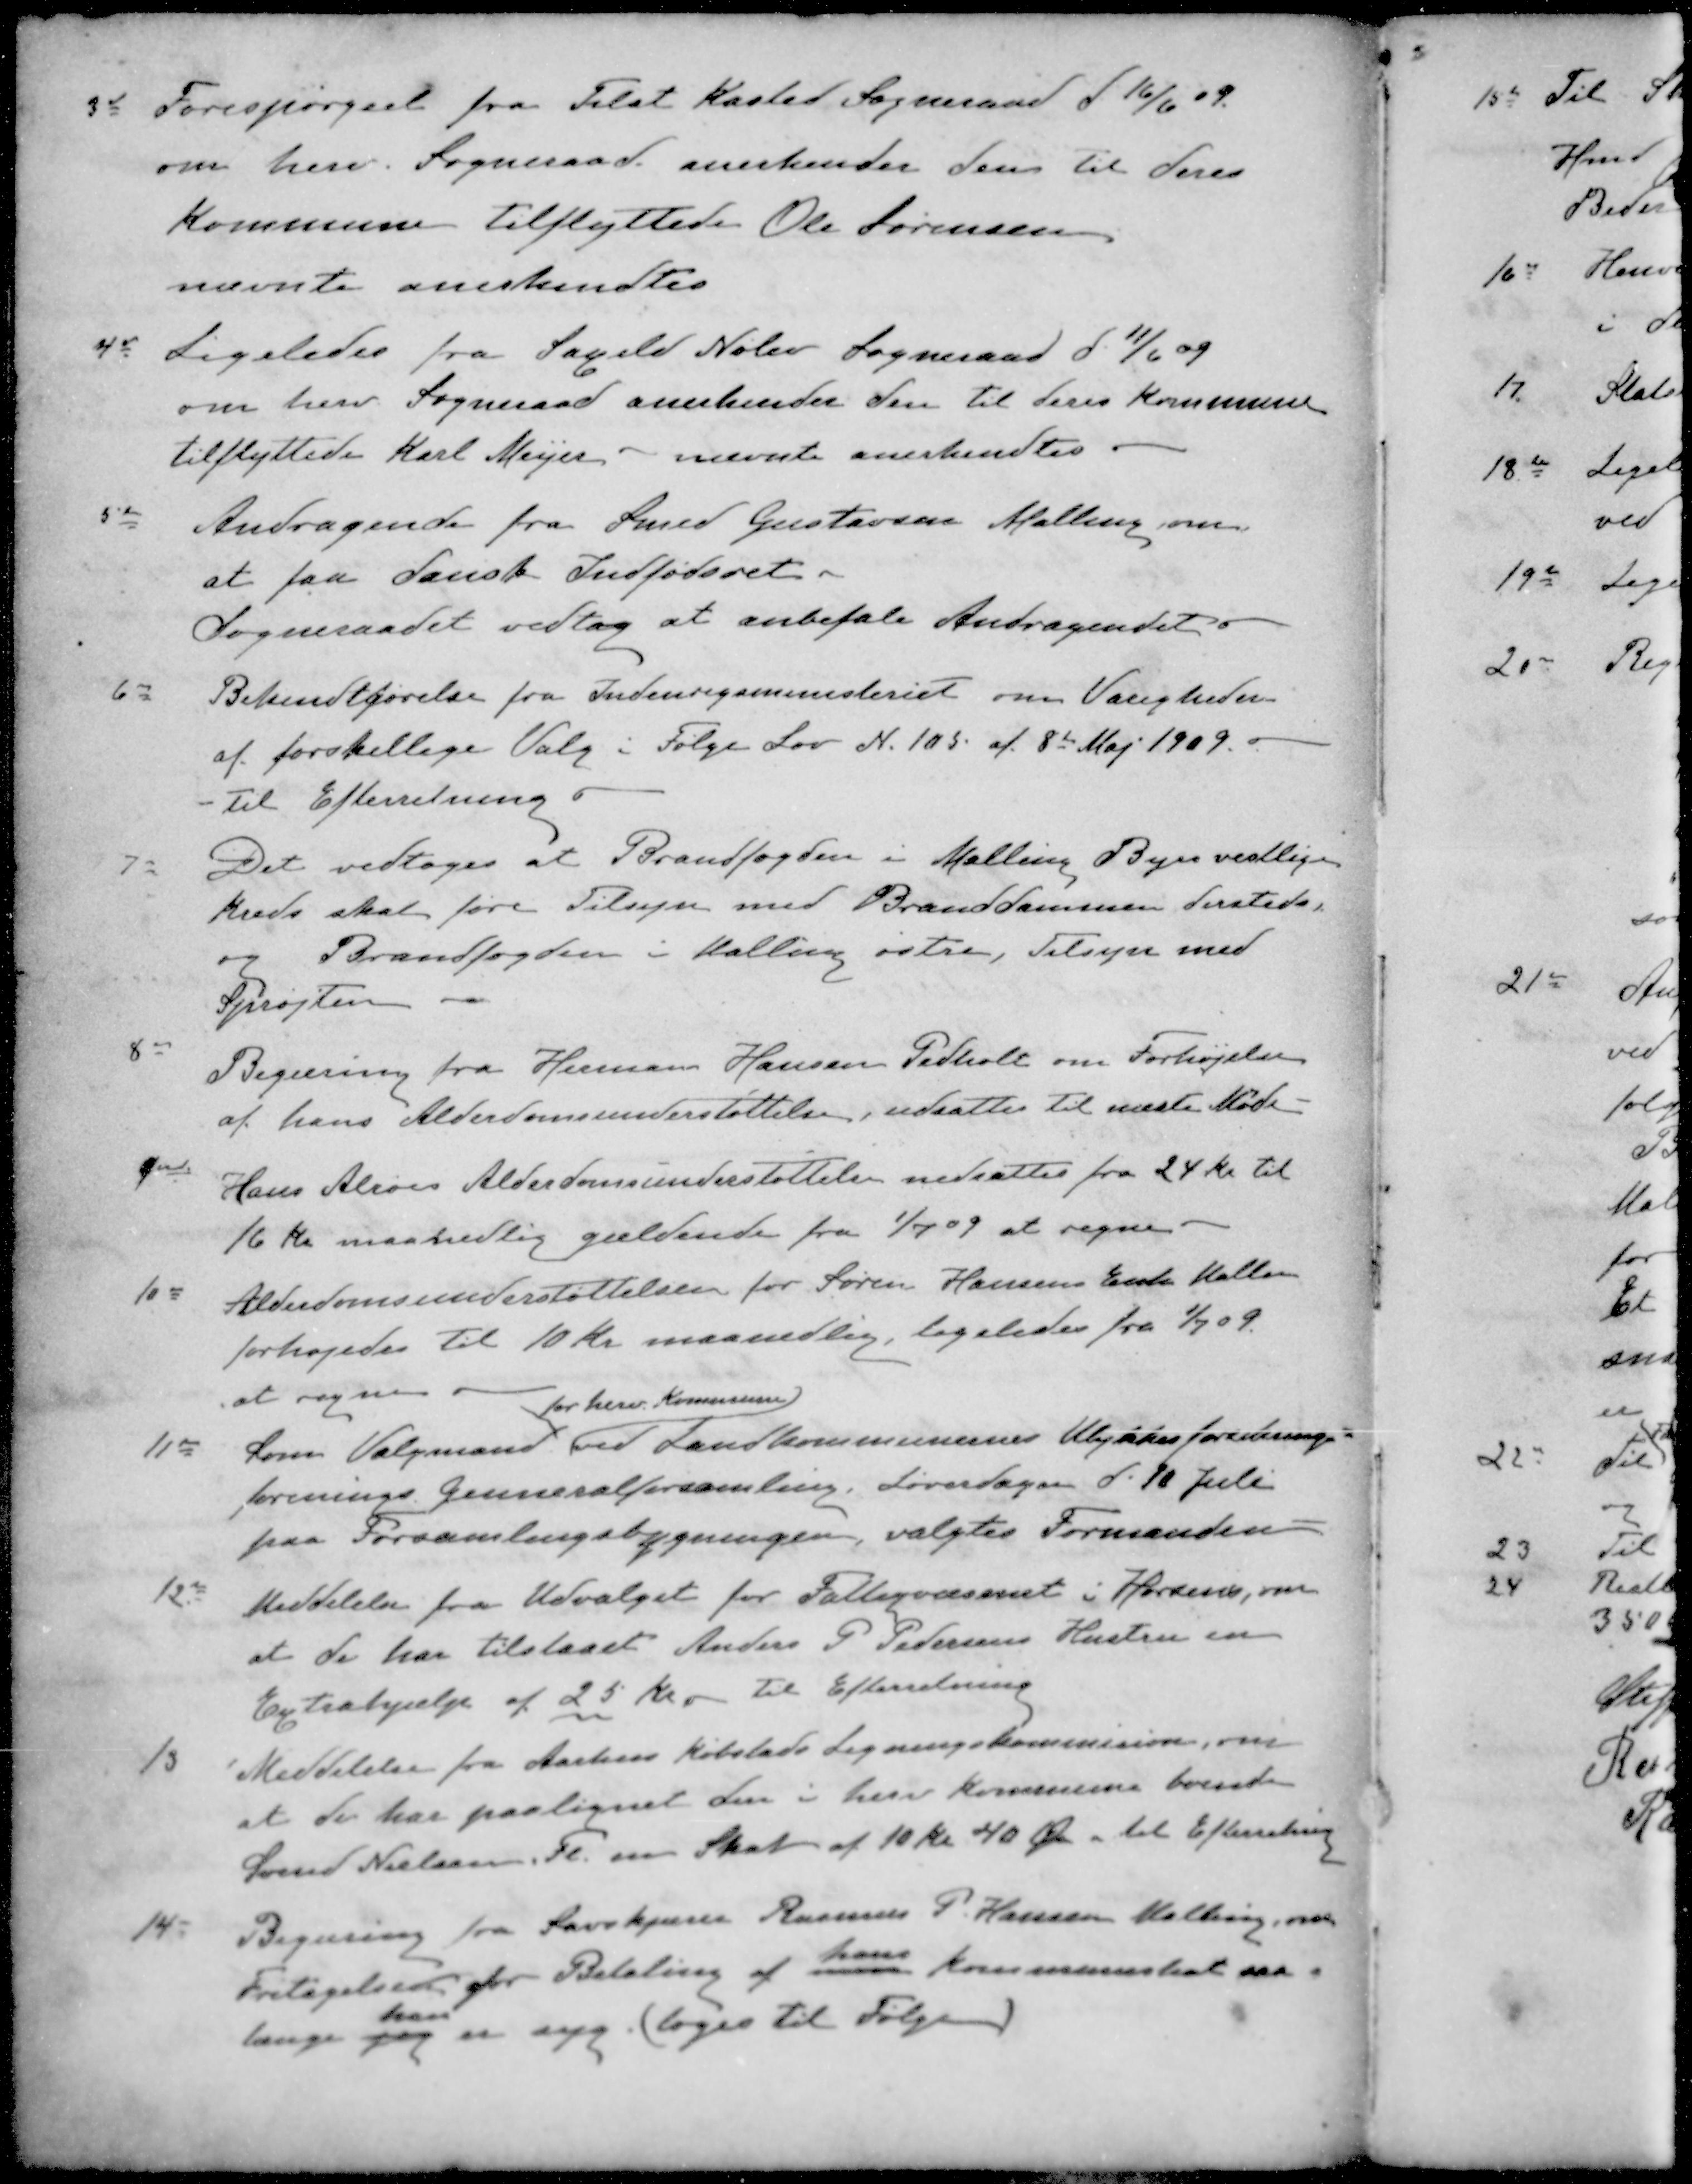
Transskription:
3d Forespørgsel fra Tilst Kasted Sogneraad d 16/6 09.
om herv. Sogneraad anerkender den til deres
Kommune tilflyttede Ole Sørensen
nævnte anerkendtes
4d Ligeledes fra Saxild Nølev Sogneraad d. 11/6 09
om herv Sogneraad anerkender den til deres Kommune
tilflyttede Karl Meyer - nævnte anerkendtes.
5de Andragende fra Smed Gustavsen Malling om
at faa dansk Indfødsret.
Sogneraadet vedtog at anbefale Andragendet.
6d Bekendtgørelse fra Indenrigsministeriet om Varigheden
af forskellige Valg i Følge Lov N. 105 af 8de Maj 1909.
- Til Efterretning
7d Det vedtoges at Brandfogden i Malling Byes vestlige
kreds skal føre Tilsyn med Branddammen dersteds,
og Brandfogden i Malling østre, Tilsyn med
Sprøjten
8d Begæring fra Herman Hansen Pedholt om Forhøjelse
af hans Alderdomsunderstøttelse, udsattes til næste Møde
9de Hans Alrøes Alderdomsunderstøttelse nedsattes fra 24 Kr til
16 Kr maanedlig gældende fra 1/7 09 at regne
10d Alderdomsunderstøttelsen for Søren Hansens Enke Mallen
forhøjedes til 10 Kr maanedlig, ligeledes fra 1/7 09
at regne
for herv. Kommune
11de Som Valgmand ved Landkommunernes Ulykkesforenings-
forenings Genneralforsamling. Lørdagen d. 10 Juli
paa Forsamlingsbygningen, valgtes Formanden
12d Meddelelse fra Udvalget for Fattigvæsenet i Horsens, om
at de har tilstaaet Anders P Pedersens Hustru en
Extrahjælp af 25 Kr. til Efterretning
13 Meddelelse fra Aarhus Købstads Ligningskommision, om
at de har paalignet den i herv kommune boende
Svend Nielsen Fl. en Skat af 10 Kr 40 Øre til Efterretning
14d Begæring fra Savskjærer Rasmus P. Hansen Malling, om
Fritagelse for Betaling af hans Kommuneskat saa-
længe han er syg (toges til Følge)